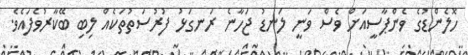
ހޮލެންޑުގެ ވެންޕާސީއަށް ވެސް ވަނީ ލަނޑު ޖަހާނެ ރަނގަޅު ފުރުސަތުތަކެއް ލިބި ބޭކާރުވެފައެވެ.